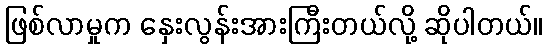
ဖြစ်လာမှုက နှေးလွန်းအားကြီးတယ်လို့ ဆိုပါတယ်။